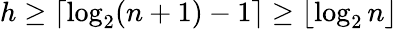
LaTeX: h\geq\lceil\log_{2}(n+1)-1\rceil\geq\lfloor\log_{2}n\rfloor